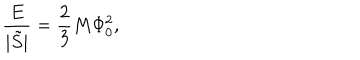
\frac { E } { | \tilde { S } | } = \frac { 2 } { 3 } M \Phi _ { 0 } ^ { 2 } ,